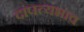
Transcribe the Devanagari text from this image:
दांपत्यभाव